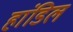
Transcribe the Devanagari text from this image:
हांडिल